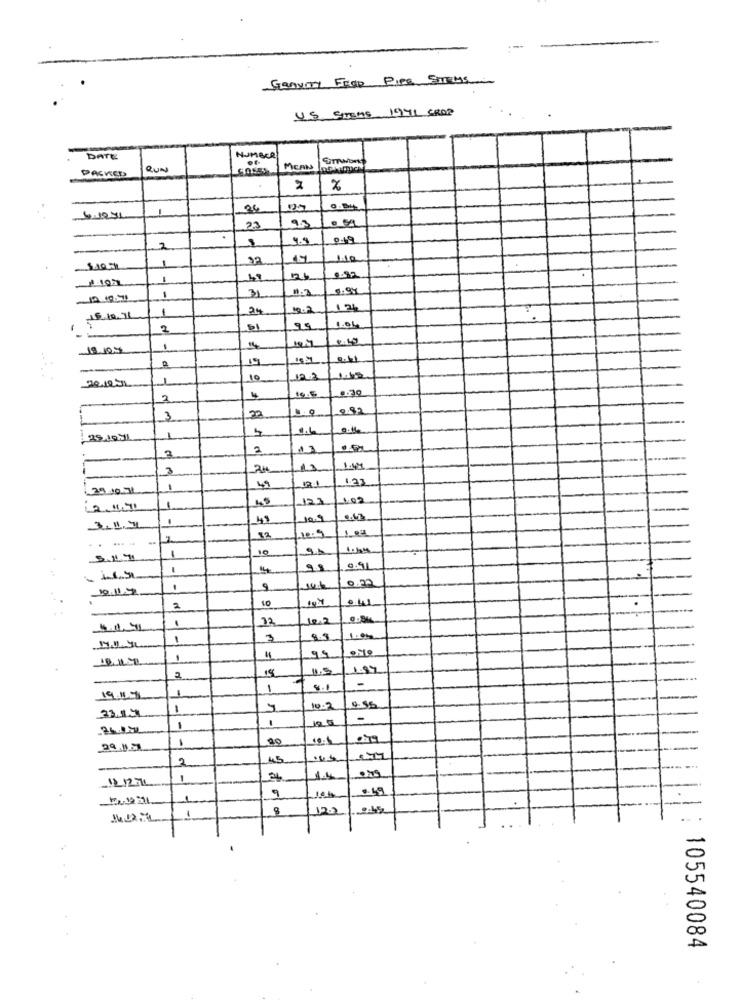
GRAVITY FEED PIPE STEMS
US SITEME 1941 CROP
DATE
NUMBER
PACKED
MICAN
2
26
4.1931
23
2
1.10
1
126
31
24
12.2
12
15.10.71
2
18.10.4
1
19
1
10
12.2
195
.30
2
22
2.92
3
1.6
0.11
2919:41
2
-
3
3
1.49
123
1
49
121
102
2.11.71
1
.
45
19.9
3.47
100
.... -
32
.. 5
1
14
9.91
0.72
10.11.7
9
..
2
10
-
12
1
3
9.9
1.05
-
99
18
1.5
1.97
1
8.1
-
31.1.4
10.2
1
-
-
20
1917
2
45
1212
1
1.4
9
1
8
12.2
14 12-4
105540084